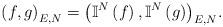
LaTeX: \begin{align*} {\left( {f,g} \right)_{E,N}} = {\left( {{\mathbb{I}^N}\left( f \right),{\mathbb{I}^N}\left( g \right)} \right)_{E,N}}. \end{align*}